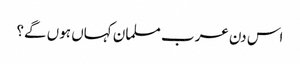
اس دن عرب مسلمان کہاں ہوں گے؟